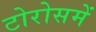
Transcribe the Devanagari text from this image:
टोरोसमें